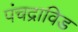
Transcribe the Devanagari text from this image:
पंचद्राविड